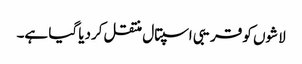
لاشوں کو قریبی اسپتال منتقل کردیا گیا ہے۔